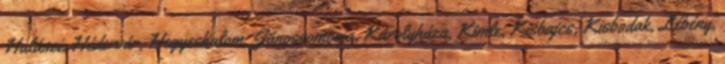
Halászi, Hédervár, Hegyeshalom, Jánossomorja, Károlyháza, Kimle, Kisbajcs, Kisbodak, Lébény,